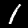
Digit: 1